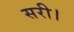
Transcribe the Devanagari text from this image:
सरी।